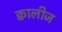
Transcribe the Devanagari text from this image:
क्वालीज